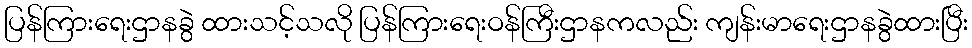
ပြန်ကြားရေးဌာနခွဲ ထားသင့်သလို ပြန်ကြားရေးဝန်ကြီးဌာနကလည်း ကျန်းမာရေးဌာနခွဲထားပြီး